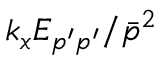
k _ { x } E _ { p ^ { \prime } p ^ { \prime } } / \bar { p } ^ { 2 }